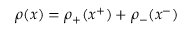
\rho ( x ) = \rho _ { + } ( x ^ { + } ) + \rho _ { - } ( x ^ { - } )